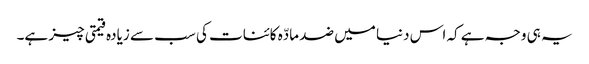
یہ ہی وجہ ہے کہ اس دنیا میں ضد مادّہ کائنات کی سب سے زیادہ قیمتی چیز ہے۔